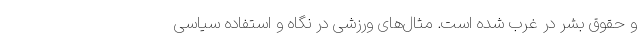
و حقوق بشر در غرب شده است. مثال‌های ورزشی در نگاه و استفاده سیاسی